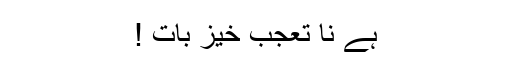
ہے نا تعجب خیز بات !